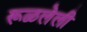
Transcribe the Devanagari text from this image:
रूळलेली